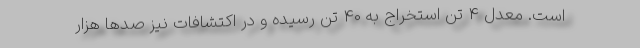
است. معدل 4 تن استخراج به 40 تن رسیده و در اکتشافات نیز صدها هزار